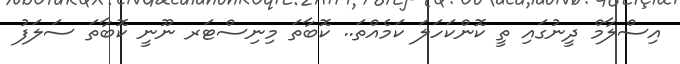
އިސްލާމް ދީނުގައި ތީ ކޮންކަހަލަ ކަމެއްތަ.. ކޮބާތަ މިނިސްޓަރ ނޫނީ ކޮބާތަ ސަލަފު